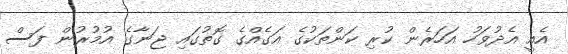
އެއީ އެދުވަހު އަހަރެން ކުރި ކަންތަކުގެ އަގެއްގެ ގޮތުގައި ޖަނާގެ އުމުރުން ފަސް